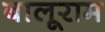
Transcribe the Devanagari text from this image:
बालूराम